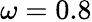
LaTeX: \omega=0.8